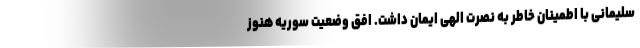
سلیمانی با اطمینان خاطر به نصرت الهی ایمان داشت. افق وضعیت سوریه هنوز